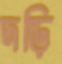
দড়ি